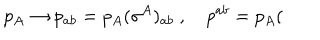
p _ { A } \rightarrow p _ { a b } = p _ { A } ( \sigma ^ { A } ) _ { a b } \ , \quad p ^ { a b } = p _ { A } (